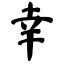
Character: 幸